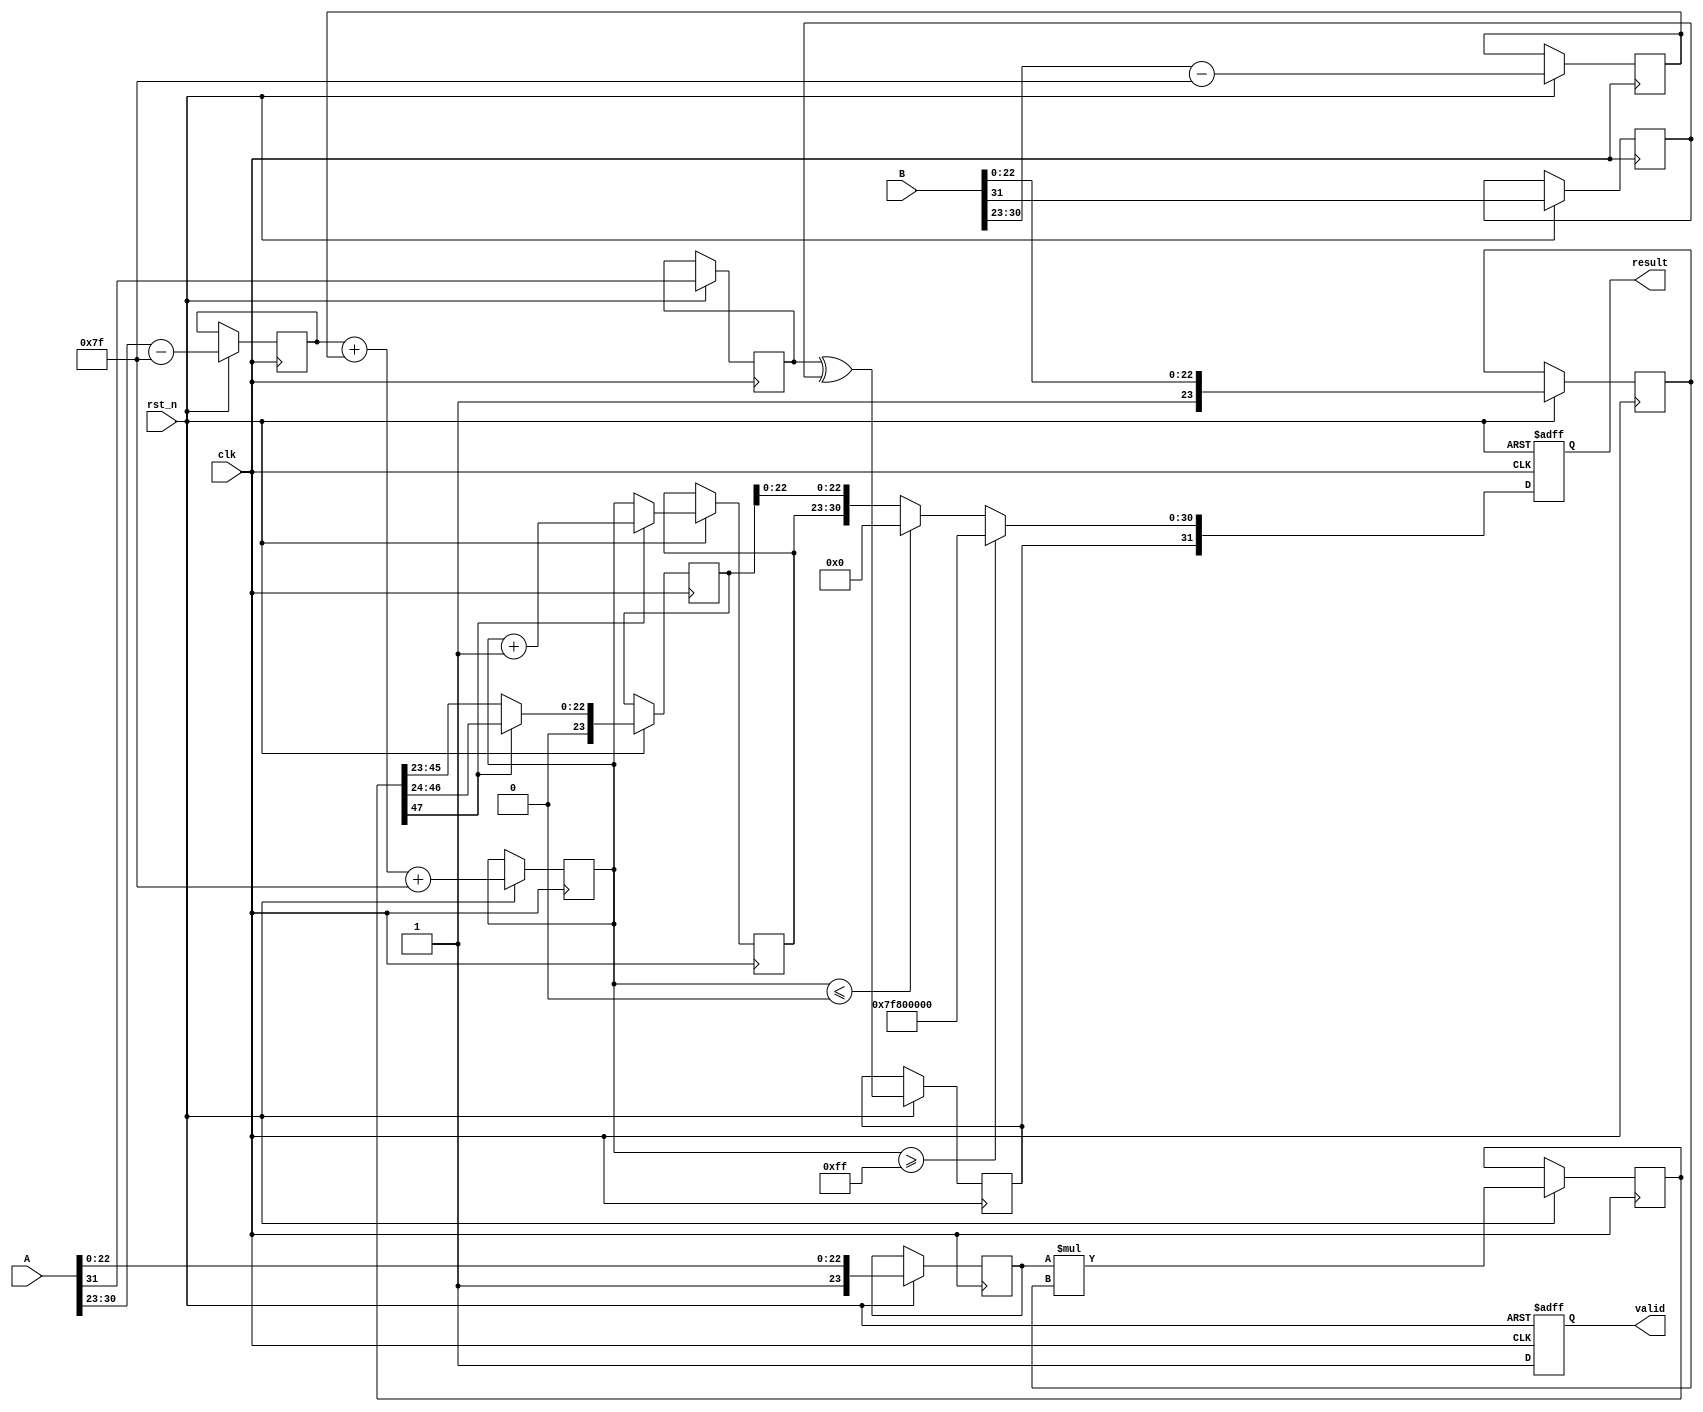
module fp_multiplier (
    input wire clk,
    input wire rst_n,
    input wire [31:0] A,
    input wire [31:0] B,
    output reg [31:0] result,
    output reg valid
);

    // Constants
    localparam EXPONENT_BIAS = 8'd127;
    localparam EXPONENT_WIDTH = 8;
    localparam MANTISSA_WIDTH = 23;

    // Internal signals
    reg [7:0] exp_A, exp_B, exp_result;
    reg [23:0] mant_A, mant_B, mant_result;
    reg sign_A, sign_B, sign_result;
    reg [47:0] prod_mantissa; // Temporary storage for the product mantissa
    reg [7:0] exp_temp;

    always @(posedge clk or negedge rst_n) begin
        if (!rst_n) begin
            result <= 32'b0;
            valid <= 1'b0;
        end else begin
            // Decompose inputs
            sign_A <= A[31];
            exp_A <= A[30:23] - EXPONENT_BIAS;
            mant_A <= {1'b1, A[22:0]}; // Implicit leading 1

            sign_B <= B[31];
            exp_B <= B[30:23] - EXPONENT_BIAS;
            mant_B <= {1'b1, B[22:0]}; // Implicit leading 1

            // Calculate the sign of the result
            sign_result <= sign_A ^ sign_B;

            // Multiply exponents and mantissas
            exp_temp <= exp_A + exp_B + EXPONENT_BIAS; // Adjusted exponent
            prod_mantissa <= mant_A * mant_B;

            // Normalize the product mantissa
            if (prod_mantissa[47]) begin
                mant_result <= prod_mantissa[46:24]; // Shift right
                exp_result <= exp_temp + 1; // Increment exponent
            end else begin
                mant_result <= prod_mantissa[45:23]; // Keep as is
                exp_result <= exp_temp; // No change to exponent
            end

            // Handle special cases
            if (exp_temp >= 8'd255) begin // Overflow case (Infinity)
                result <= {sign_result, 8'b11111111, 23'b0};
            end else if (exp_temp <= 8'd0) begin // Underflow case (Zero)
                result <= {sign_result, 8'b0, 23'b0};
            end else begin
                // Assemble result
                result <= {sign_result, exp_result[7:0], mant_result[22:0]};
            end

            valid <= 1'b1; // Indicate valid output
        end
    end
endmodule